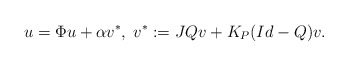
\begin{align*}u= \Phi u + \alpha v^{*}, \; v^{*}:= JQ v + K_{P}(Id-Q)v.\end{align*}